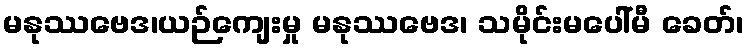
မနုဿဗေဒ၊ယဉ်ကျေးမှု မနုဿဗေဒ၊ သမိုင်းမပေါ်မီ ခေတ်၊